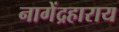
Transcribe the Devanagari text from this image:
नागेंद्रहाराय